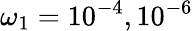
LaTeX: \omega_{1}=10^{-4},10^{-6}